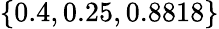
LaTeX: \{ 0.4,0.25,0.8818\}